Code of medical and sanitary regulations for the guidance of medical officers serving in the Madras Presidency - Volume I
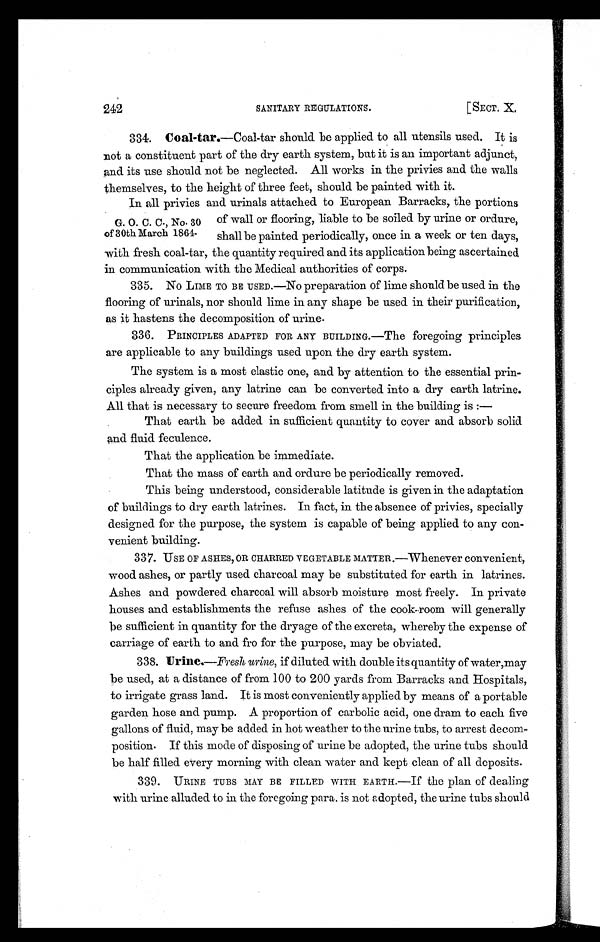
242
SANITARY REGULATIONS.
[SECT. X.
334. Coal-tar. —Coal-tar should be applied to all utensils used. It is
not a constituent part of the dry earth system, but it is an important adjunct,
and its use should not be neglected. All works in the privies and the walls
themselves, to the height of three feet, should be painted with it.
G. O. C. C., No. 30
of 30th March 1864
.
In all privies and urinals attached to European Barracks, the portions
of wall or flooring, liable to be soiled by urine or ordure,
shall be painted periodically, once in a week or ten days,
with fresh coal-tar, the quantity required and its application being ascertained
in communication with the Medical authorities of corps.
335. No LIME TO BE USED.—No preparation of lime should be used in the
flooring of urinals, nor should lime in any shape be used in their purification,
as it hastens the decomposition of urine.
336. PRINCIPLES ADAPTED FOR ANY BUILDING.—The foregoing principles
are applicable to any buildings used upon the dry earth system.
The system is a most elastic one, and by attention to the essential prin-
ciples already given, any latrine can be converted into a dry earth latrine.
All that is necessary to secure freedom from smell in the building is :—
That earth be added in sufficient quantity to cover and absorb solid
and fluid feculence.
That the application be immediate.
That the mass of earth and ordure be periodically removed.
This being understood, considerable latitude is given in the adaptation
of buildings to dry earth latrines. In fact, in the absence of privies, specially
designed for the purpose, the system is capable of being applied to any con-
venient building.
337. USE OF ASHES, OR CHARRED VEGETABLE MATTER .—Whenever convenient,
wood ashes, or partly used charcoal may be substituted for earth in latrines.
Ashes and powdered charcoal will absorb moisture most freely. In private
houses and establishments the refuse ashes of the cook-room will generally
be sufficient in quantity for the dryage of the excreta, whereby the expense of
carriage of earth to and fro for the purpose, may be obviated.
338.
Urine.—Fresh urine, if diluted with double its quantity of water,may
be used, at a distance of from 100 to 200 yards from Barracks and Hospitals,
to irrigate grass land. It is most conveniently applied by means of a portable
garden hose and pump. A proportion of carbolic acid, one dram to each five
gallons of fluid, may be added in hot weather to the urine tubs, to arrest decom-
position. If this mode of disposing of urine be adopted, the urine tubs should
be half filled every morning with clean water and kept clean of all deposits.
339. URINE TUBS MAY BE FILLED WITH EARTH.—If the plan of dealing
with urine alluded to in the foregoing para. is not adopted, the urine tubs should